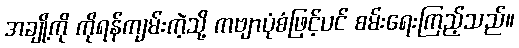
အချို့ကို ကိုရန်ကျမ်းကဲ့သို့ ကဗျာပုံစံဖြင့်ပင် စမ်းရေးကြည့်သည်။